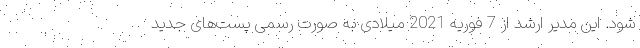
شود. این مدیر ارشد از 7 فوریه 2021 میلادی به صورت رسمی پست‌های جدید